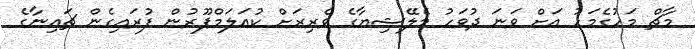
މާޗް މަހުގެމަހު އަށް ވަނަ ދުވަހު މެލޭޝިޔާގެ ވެރިރަށް ކުއަލަމްޕޫރުން ފުރައިގެން ޗައިނާގެ